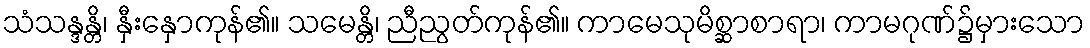
သံသန္ဒန္တိ၊ နှီးနှောကုန်၏။ သမေန္တိ၊ ညီညွတ်ကုန်၏။ ကာမေသုမိစ္ဆာစာရာ၊ ကာမဂုဏ်၌မှားသော